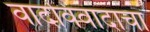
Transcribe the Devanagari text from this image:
वादविवादाचा